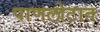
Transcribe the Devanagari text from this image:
पाणलोटात